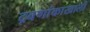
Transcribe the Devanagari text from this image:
द्रवणांकाखाली